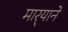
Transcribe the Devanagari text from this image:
मार्‍याने